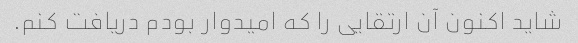
شاید اکنون آن ارتقایی را که امیدوار بودم دریافت کنم.